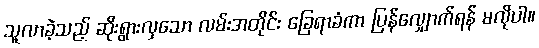
သူလာခဲ့သည့် ဆိုးရွားလှသော လမ်းအတိုင်း ခြေရာခံကာ ပြန်လျှောက်ရန် မလိုပါ။